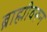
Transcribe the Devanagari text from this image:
ब्राह्मीवरून